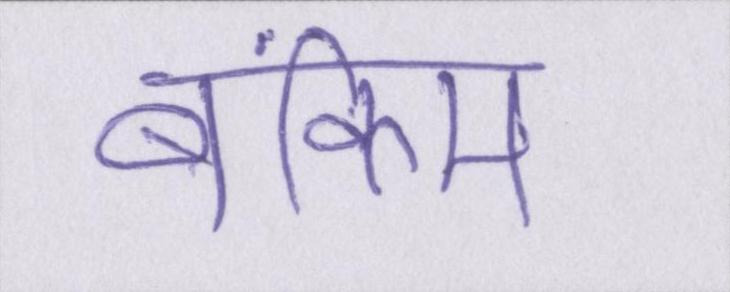
बंकिम